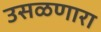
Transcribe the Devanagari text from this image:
उसळणारा